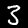
Label: 3